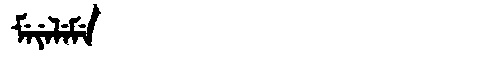
Manchu: ᠮᡝᠶᡝᠯᡝᠮᡝ
Romanization: MEYELEME